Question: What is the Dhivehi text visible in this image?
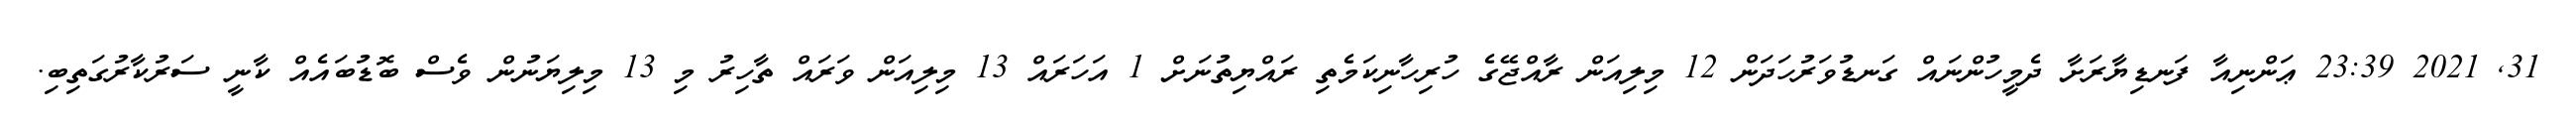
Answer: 31, 2021 23:39 ޢަންނިއާ ފަނޑިޔާރަށާ ދެމީހުންނައް ގަނޑުވަރުހަދަން 12 މިލިއަން ރާއްޖޭގެ ހުރިހާނިކަމެތި ރައްޔިތުނަށް 1 އަހަރައް 13 މިލިއަން ވަރައް ތާހިރު މި 13 މިލިޔަނުން ވެސް ބޮޑުބައެއް ކާނީ ސަރުކާރުގަތިބި.